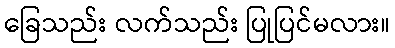
ခြေသည်း လက်သည်း ပြုပြင်မလား။